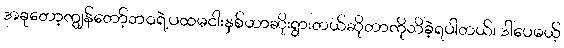
အခုတော့ကျွန်တော့်ဘဝရဲ့ပထမငါးနှစ်ဟာဆိုးရွားတယ်ဆိုတာကိုသိခဲ့ရပါတယ်၊ ဒါပေမယ့်